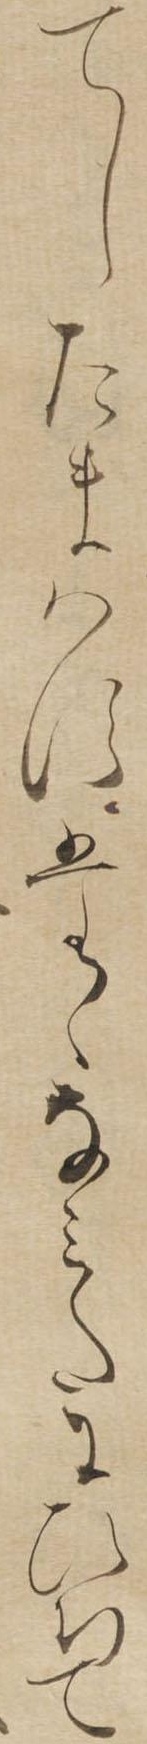
てしたまはすたゝなみたにひちて